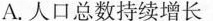
A.人口总数持续增长